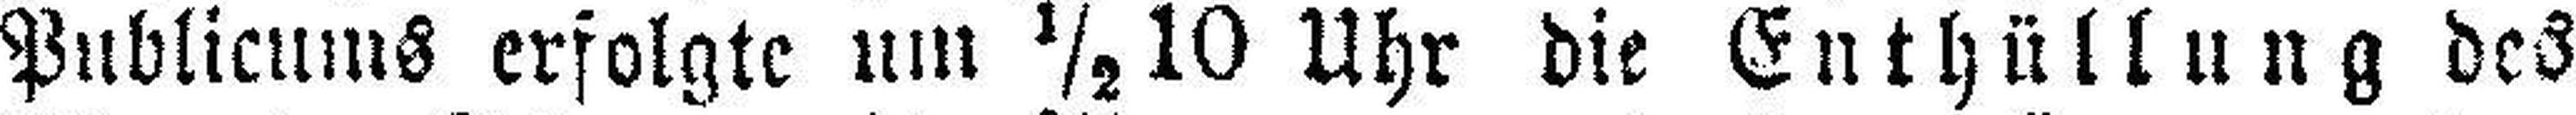
Publicums erfolgte um ½ Uhr die Enthüllung des